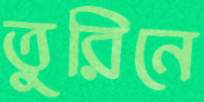
তুরিনে